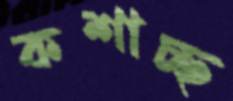
কশাচ্ছ